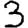
Digit: 3